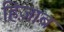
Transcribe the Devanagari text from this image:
हिज़ाब